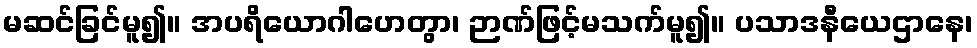
မဆင်ခြင်မူ၍။ အပရိယောဂါဟေတွာ၊ ဉာဏ်ဖြင့်မသက်မူ၍။ ပသာဒနီယေဌာနေ၊